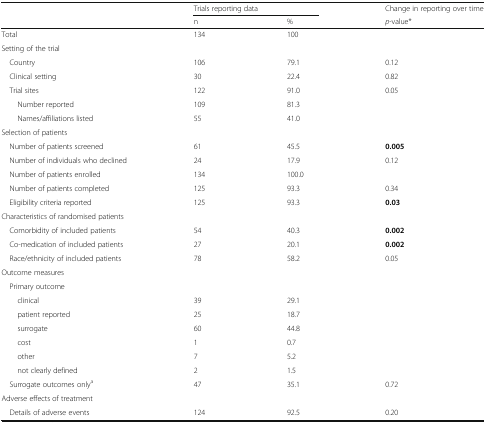
<table><thead><tr><td rowspan="2"></td><td colspan="2"><b>Trials reporting data</b></td><td><b>Change in reporting over time</b></td></tr><tr><td><b>n</b></td><td><b>%</b></td><td><b><i>p</i>-value*</b></td></tr></thead><tbody><tr><td>Total</td><td>134</td><td>100</td><td></td></tr><tr><td colspan="4">Setting of the trial</td></tr><tr><td> Country</td><td>106</td><td>79.1</td><td>0.12</td></tr><tr><td> Clinical setting</td><td>30</td><td>22.4</td><td>0.82</td></tr><tr><td> Trial sites</td><td>122</td><td>91.0</td><td>0.05</td></tr><tr><td>Number reported</td><td>109</td><td>81.3</td><td></td></tr><tr><td>Names/affiliations listed</td><td>55</td><td>41.0</td><td></td></tr><tr><td colspan="4">Selection of patients</td></tr><tr><td> Number of patients screened</td><td>61</td><td>45.5</td><td><b>0.005</b></td></tr><tr><td> Number of individuals who declined</td><td>24</td><td>17.9</td><td>0.12</td></tr><tr><td> Number of patients enrolled</td><td>134</td><td>100.0</td><td></td></tr><tr><td> Number of patients completed</td><td>125</td><td>93.3</td><td>0.34</td></tr><tr><td> Eligibility criteria reported</td><td>125</td><td>93.3</td><td><b>0.03</b></td></tr><tr><td colspan="4">Characteristics of randomised patients</td></tr><tr><td> Comorbidity of included patients</td><td>54</td><td>40.3</td><td><b>0.002</b></td></tr><tr><td> Co-medication of included patients</td><td>27</td><td>20.1</td><td><b>0.002</b></td></tr><tr><td> Race/ethnicity of included patients</td><td>78</td><td>58.2</td><td>0.05</td></tr><tr><td colspan="4">Outcome measures</td></tr><tr><td> Primary outcome</td><td></td><td></td><td></td></tr><tr><td>clinical</td><td>39</td><td>29.1</td><td></td></tr><tr><td>patient reported</td><td>25</td><td>18.7</td><td></td></tr><tr><td>surrogate</td><td>60</td><td>44.8</td><td></td></tr><tr><td>cost</td><td>1</td><td>0.7</td><td></td></tr><tr><td>other</td><td>7</td><td>5.2</td><td></td></tr><tr><td>not clearly defined</td><td>2</td><td>1.5</td><td></td></tr><tr><td> Surrogate outcomes only<sup>a</sup></td><td>47</td><td>35.1</td><td>0.72</td></tr><tr><td colspan="4">Adverse effects of treatment</td></tr><tr><td> Details of adverse events</td><td>124</td><td>92.5</td><td>0.20</td></tr></tbody></table>